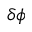
\delta \phi